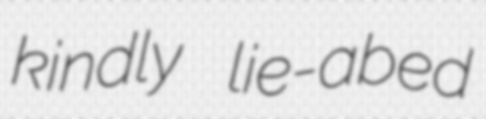
kindly lie-abed